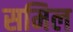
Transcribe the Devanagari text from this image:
समिल